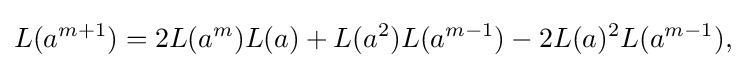
\displaystyle {L(a^{m+1})=2L(a^{m})L(a)+L(a^{2})L(a^{m-1})-2L(a)^{2}L(a^{m-1}),}